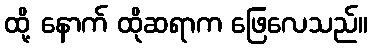
ထို့ နောက် ထိုဆရာက ဖြေလေသည်။